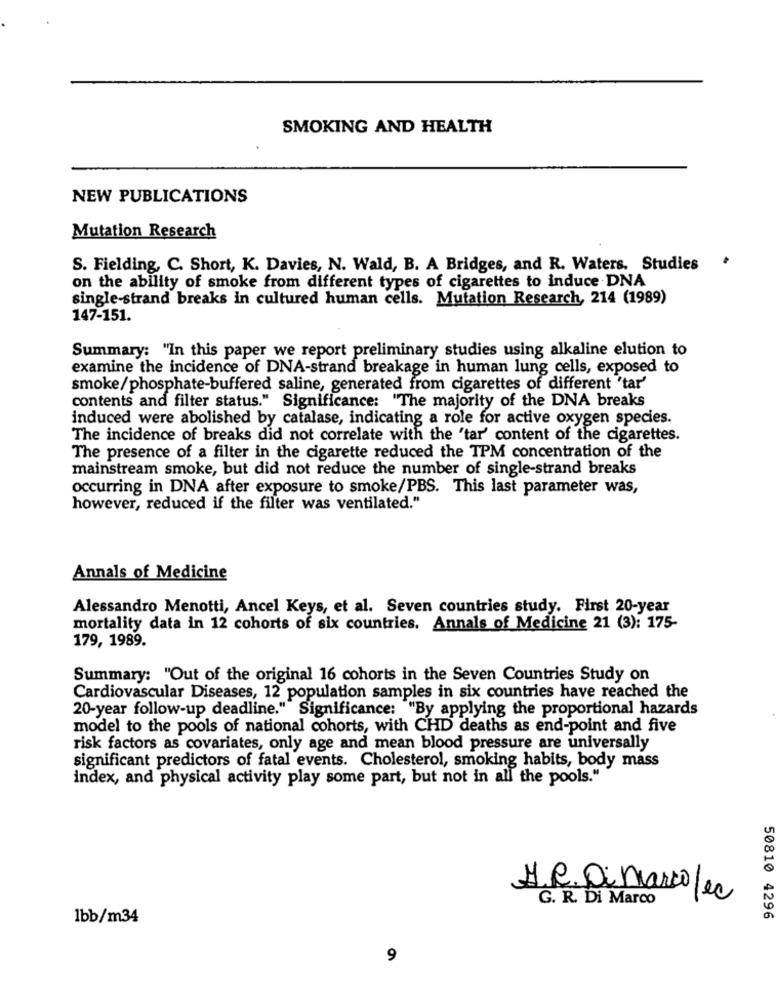
SMOKING AND HEALTH
NEW PUBLICATIONS
Mutation Research
S. Fielding, C. Short, K. Davies, N. Wald, B. A Bridges, and R. Waters. Studies
on the ability of smoke from different types of cigarettes to induce DNA
single-strand breaks in cultured human cells. Mutation Research, 214 (1989)
147-151.
Summary: "In this paper we report preliminary studies using alkaline elution to
examine the incidence of DNA-strand breakage in human lung cells, exposed to
smoke/phosphate-buffered saline, generated from cigarettes of different 'tar'
contents and filter status." Significance: "The majority of the DNA breaks
induced were abolished by catalase, indicating a role for active oxygen species.
The incidence of breaks did not correlate with the 'tar' content of the cigarettes.
The presence of a filter in the cigarette reduced the TPM concentration of the
mainstream smoke, but did not reduce the number of single-strand breaks
occurring in DNA after exposure to smoke/PBS. This last parameter was,
however, reduced if the filter was ventilated."
Annals of Medicine
Alessandro Menotti, Ancel Keys, et al. Seven countries study. First 20-year
mortality data in 12 cohorts of six countries. Annals of Medicine 21 (3): 175-
179, 1989.
Summary: "Out of the original 16 cohorts in the Seven Countries Study on
Cardiovascular Diseases, 12 population samples in six countries have reached the
20-year follow-up deadline."" Significance: "By applying the proportional hazards
model to the pools of national cohorts, with CHD deaths as end-point and five
risk factors as covariates, only age and mean blood pressure are universally
significant predictors of fatal events. Cholesterol, smoking habits, body mass
index, and physical activity play some part, but not in all the pools."
H.R. Di marcofec
G. R. Di Marco
1bb/m34
50810 4296
9